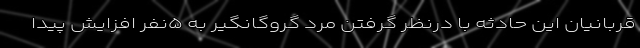
قربانیان این حادثه با درنظر گرفتن مرد گروگانگیر به ۵نفر افزایش پیدا